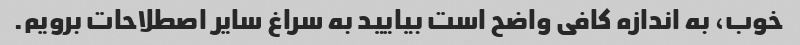
خوب، به اندازه کافی واضح است بیایید به سراغ سایر اصطلاحات برویم.